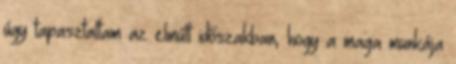
úgy tapasztaltam az elmúlt időszakban, hogy a maga munkája